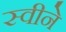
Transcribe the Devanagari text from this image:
स्वीने